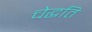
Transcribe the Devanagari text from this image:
चेद्धति